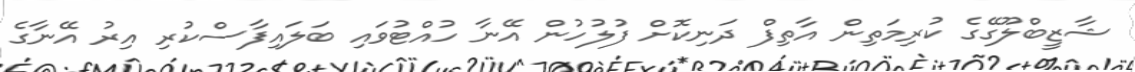
ޝާޒީބްލޫގޭގެ ކުރިމަތިން އާތިފް ދަނިކޮށް ފުލުހުން އޭނާ ހުއްޓުވައި ބަލައިފާސްކުރި އިރު އޭނާގެ